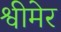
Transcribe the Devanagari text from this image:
श्वीमेर